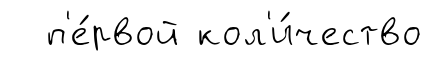
п'е́рвой кол'и́чество